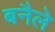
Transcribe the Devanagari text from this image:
बनैले